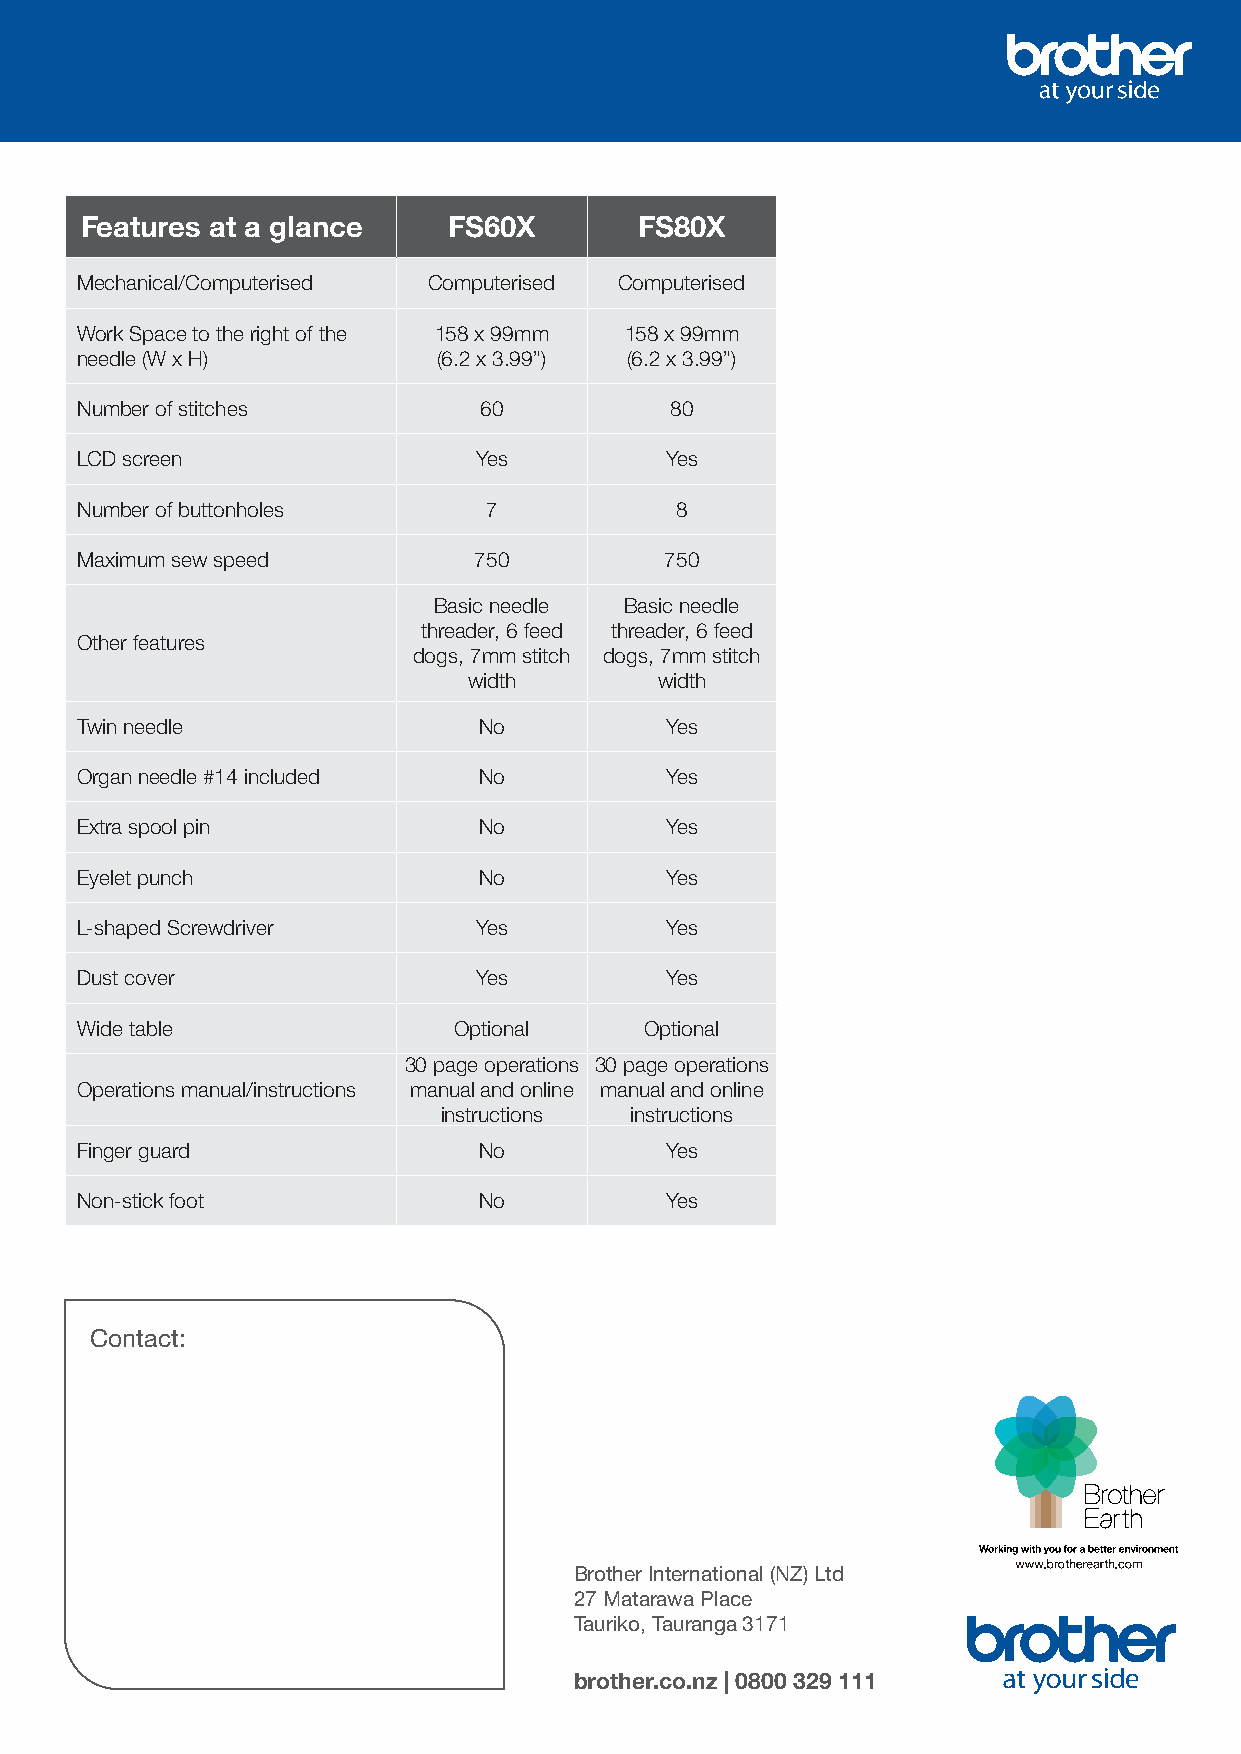
Features at a glance     FS60X       FS80X
 Mechanical/Computerised Computerised Computerised
 Work Space to the right of the 158 x 99mm 158 x 99mm
 needle (W x H)          (6.2 x 3.99”) (6.2 x 3.99”)
 Number of stitches         60          80
 LCD screen                 Yes         Yes
 Number of buttonholes      7            8
 Maximum sew speed         750          750
 Basic needle Basic needle
 threader, 6 feed threader, 6 feed
 Other features
 dogs, 7mm stitch dogs, 7mm stitch
 width        width
 Twin needle                No          Yes
 Organ needle #14 included  No          Yes
 Extra spool pin            No          Yes
 Eyelet punch               No          Yes
 L-shaped Screwdriver       Yes         Yes
 Dust cover                 Yes         Yes
 Wide table               Optional     Optional
 30 page operations 30 page operations
 Operations manual/instructions manual and online manual and online
 instructions instructions
 Finger guard               No          Yes
 Non-stick foot             No          Yes
 Contact:
 Brother International (NZ) Ltd
 27 Matarawa Place
 Tauriko, Tauranga 3171
 brother.co.nz | 0800 329 111